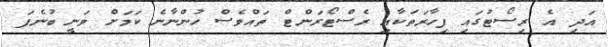
އަދި އެ ރިސޯޓުގައި ފިހާރަތަކާއި ރެސްޓޯރަންޓް ތައްވެސް ހުންނާނެ ކަމަށް ވަނީ ބުނެފަ